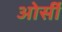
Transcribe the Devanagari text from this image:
ओर्सी